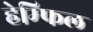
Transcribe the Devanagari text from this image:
हेम्फिल